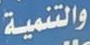
والتنمية